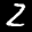
Label: 2